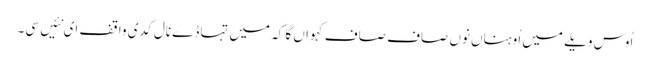
اُوس ویلے میں اُوہناں نوں صاف صاف کہواں گا کہ میں تہاڈے نال کدی واقف ای نئیں سی۔